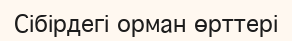
Сібірдегі орман өрттері